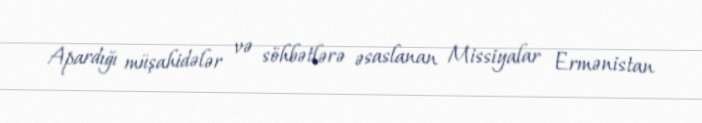
Apardığı müşahidələr və söhbətlərə əsaslanan Missiyalar Ermənistan